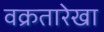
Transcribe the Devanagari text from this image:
वक्रतारेखा